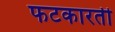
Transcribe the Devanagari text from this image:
फटकारती